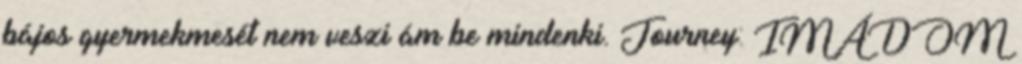
bájos gyermekmesét nem veszi ám be mindenki. Journey: IMÁDOM